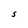
Character: S